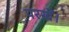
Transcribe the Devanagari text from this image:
परखें।